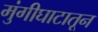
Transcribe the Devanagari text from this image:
मुंगीघाटातून